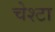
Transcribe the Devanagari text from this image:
चेश्टा